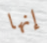
إنها